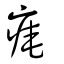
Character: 痷